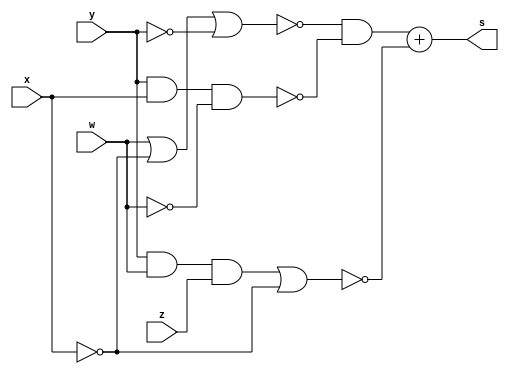
//Dedicado para encontrar as tabela verdade das expresses booleanas referentes aos circutios do Logisim GUIA_0606

module tabela (output s, input x, y, w, z);		
    assign s = ((~(w | ~x | ~y)) & (~(y&x&~w))) + (~((y&w&z)|~x));										//(((w + x' + y')') . ((y.x.w')')) + (((y.w.z)+x')')
endmodule

module tabelaSim (output s, input x, y, w, z);
    assign s = x & (~w | ~y | ~z);																		//X.(Y'+ W' + Z')
endmodule
module tb_main;

    reg x, y, z, w;
    wire s1, s2;

    tabela uutteste (s1, x, y, w, z);
    tabelaSim uuttesteSim (s2, x, y, w, z);


    initial begin
        teste();
        testeSimplificado();
        $finish;  
    end

	task teste();
	    integer i, j, k, l;
	    begin
	        $display("Tabela verdade para circuito no simplificado");
	        for (i = 0; i <= 1; i = i + 1) begin
	            for (j = 0; j <= 1; j = j + 1) begin
	                for (k = 0; k <= 1; k = k + 1) begin
	                    for (l = 0; l <= 1; l = l + 1) begin
	                        x = i; y = j; w = k; z = l;
	                        #1;
	                        $display("x=%b y=%b w=%b z=%b | %b", x, y, w, z, s1);
	                    end
	                end
	            end
	        end
	     end
	endtask

		task testeSimplificado();
	    integer i, j, k, l;
	    	begin
	        $display("Tabela verdade para circuito simplificado: ");
	            for (j = 0; j <= 1; j = j + 1) begin
	                for (k = 0; k <= 1; k = k + 1) begin
	                    for (l = 0; l <= 1; l = l + 1)begin
	                    	for(i = 0; i <= 1; i = i + 1)begin
		                        x = j; y = k; w = l; z = i; 
		                        #1;
		                        $display("x=%b y=%b w=%b z=%b | %b", x, y, w, z, s2);
	                        end
	                    end
	                end
	            end
	        end
	endtask 
	       


 endmodule